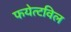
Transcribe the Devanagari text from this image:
फयेत्टविल